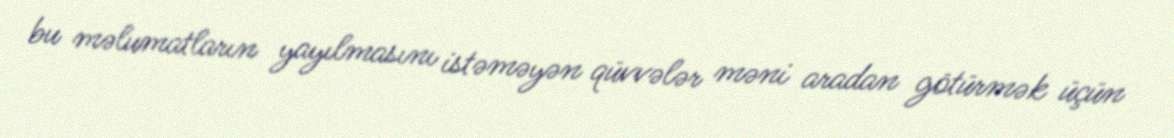
bu məlumatların yayılmasını istəməyən qüvvələr məni aradan götürmək üçün